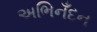
અભિનઁદન